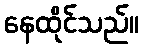
နေထိုင်သည်။